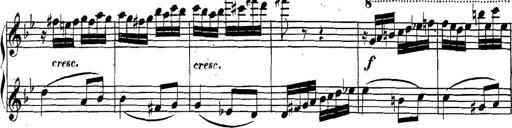
Title: Collected Piano Sonatas
Composer: Muzio Clementi